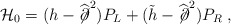
\begin{align*}{\mathcal H}_0 =(h - \widehat{\not\!\partial}^2) P_L + (\tilde{h} - \widehat{\not\!\partial}^2) P_R \;,\end{align*}